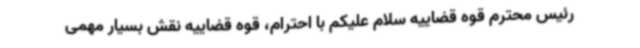
رئیس محترم قوه قضاییه سلام علیکم با احترام، قوه قضاییه نقش بسیار مهمی